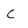
Character: C